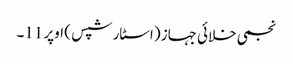
نجمی خلائی جہاز (اسٹار شپس ) اوپر 11۔